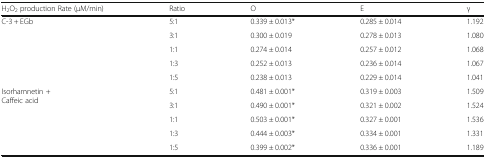
<table><thead><tr><td><b>H<sub>2</sub>O<sub>2</sub> production Rate (μM/min)</b></td><td><b>Ratio</b></td><td><b>O</b></td><td><b>E</b></td><td><b>γ</b></td></tr></thead><tbody><tr><td rowspan="5">C-3 + EGb</td><td>5:1</td><td>0.339 ± 0.013*</td><td>0.285 ± 0.014</td><td>1.192</td></tr><tr><td>3:1</td><td>0.300 ± 0.019</td><td>0.278 ± 0.013</td><td>1.080</td></tr><tr><td>1:1</td><td>0.274 ± 0.014</td><td>0.257 ± 0.012</td><td>1.068</td></tr><tr><td>1:3</td><td>0.252 ± 0.013</td><td>0.236 ± 0.014</td><td>1.067</td></tr><tr><td>1:5</td><td>0.238 ± 0.013</td><td>0.229 ± 0.014</td><td>1.041</td></tr><tr><td rowspan="5">Isorhamnetin +Caffeic acid</td><td>5:1</td><td>0.481 ± 0.001*</td><td>0.319 ± 0.003</td><td>1.509</td></tr><tr><td>3:1</td><td>0.490 ± 0.001*</td><td>0.321 ± 0.002</td><td>1.524</td></tr><tr><td>1:1</td><td>0.503 ± 0.001*</td><td>0.327 ± 0.001</td><td>1.536</td></tr><tr><td>1:3</td><td>0.444 ± 0.003*</td><td>0.334 ± 0.001</td><td>1.331</td></tr><tr><td>1:5</td><td>0.399 ± 0.002*</td><td>0.336 ± 0.001</td><td>1.189</td></tr></tbody></table>